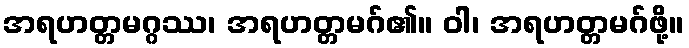
အရဟတ္တမဂ္ဂဿ၊ အရဟတ္တမဂ်၏။ ဝါ၊ အရဟတ္တမဂ်ဖို့။